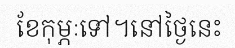
ខែកុម្ភៈទៅ។នៅថ្ងៃនេះ